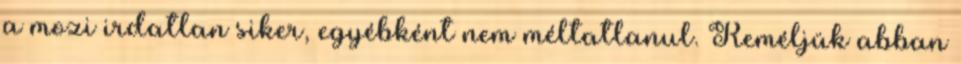
a mozi irdatlan siker, egyébként nem méltatlanul. Reméljük abban